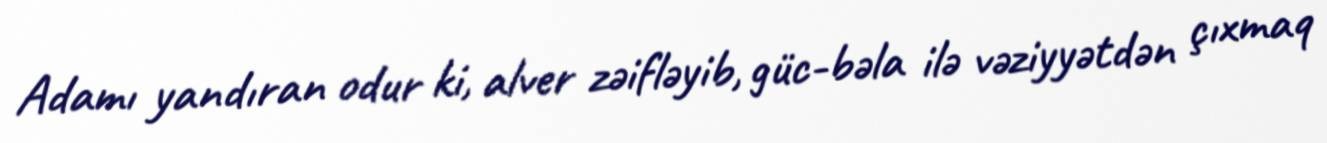
Adamı yandıran odur ki, alver zəifləyib, güc-bəla ilə vəziyyətdən çıxmaq